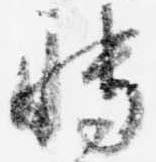
博